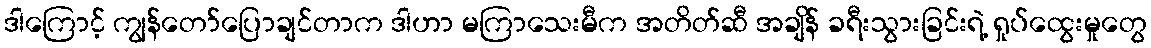
ဒါကြောင့် ကျွန်တော်ပြောချင်တာက ဒါဟာ မကြာသေးမီက အတိတ်ဆီ အချိန် ခရီးသွားခြင်းရဲ့ ရှုပ်ထွေးမှုတွေ